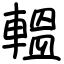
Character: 轀